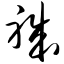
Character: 职